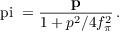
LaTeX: \mathrm { \boldmath ~ \ p i ~ } = \frac { { \bf p } } { 1 + p ^ { 2 } / 4 f _ { \pi } ^ { 2 } } \, .